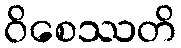
ဝိစေဿတိ